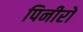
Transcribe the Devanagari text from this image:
पिनीरो